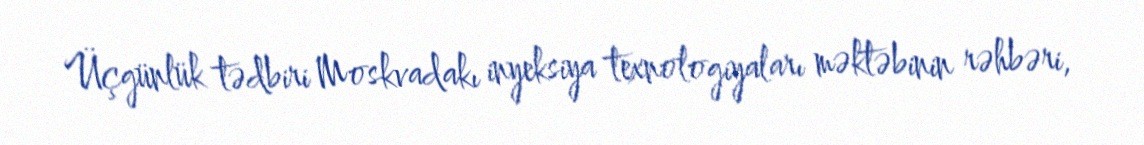
Üçgünlük tədbiri Moskvadakı inyeksiya texnologiyaları məktəbinin rəhbəri,